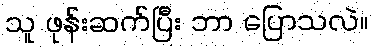
သူ ဖုန်းဆက်ပြီး ဘာ ပြောသလဲ။